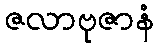
ဇလာဗုဇာနံ